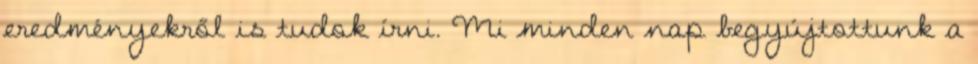
eredményekről is tudok írni. Mi minden nap begyújtottunk a